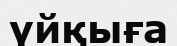
үйқыға